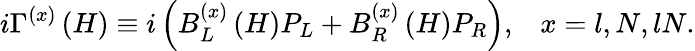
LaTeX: i\Gamma^{(x)}\left(H\right)\equiv i\left(B_{L}^{(x)}\left(H\right)P_{L}+B_{R}^{(x)}\left(H\right)P_{R}\right),\; \; \; x=l,N,lN.